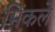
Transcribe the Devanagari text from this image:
मिंकले